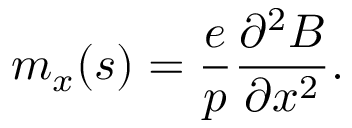
m _ { x } ( s ) = \frac { e } { p } \frac { \partial ^ { 2 } B } { \partial x ^ { 2 } } .